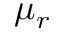
\mu _ { r }